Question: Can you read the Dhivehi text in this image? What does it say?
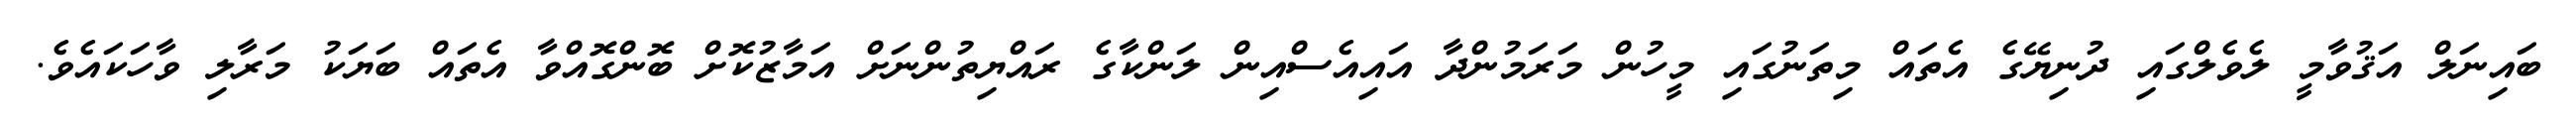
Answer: ބައިނަލް އަޤުވާމީ ލެވެލްގައި ދުނިޔޭގެ އެތައް މިތަނުގައި މީހުން މަރަމުންދާ އައިއެސްއިން ލަންކާގެ ރައްޔިތުންނަށް އަމާޒުކޮށް ބޮންގޮއްވާ އެތައް ބަޔަކު މަރާލި ވާހަކައެވެ.